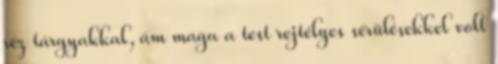
réz tárgyakkal, ám maga a test rejtélyes sérülésekkel volt